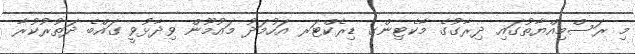
މި ރަސްމިއްޔާތުގައި ދިރާގުގެ މާކެޓިންގ ޑިރެކްޓަރ އަހުމަދު މައުމޫން ވިދާޅުވީ ގައްބެ ދަތުރުކުރާ